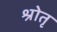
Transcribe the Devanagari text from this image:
श्रोतृ